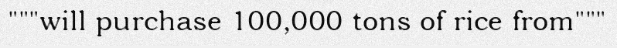
"""will purchase 100,000 tons of rice from"""